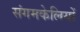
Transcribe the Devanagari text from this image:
संगमकेलियों